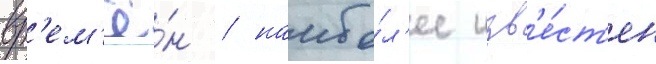
вр'ем'ё́н / наибо́л'ее изв'е́ст'ен